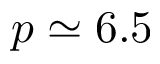
p \simeq 6 . 5